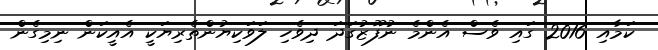
ކަމާއި 2016 ގައި ވެސް އެންމެ ނުފޫޒުގަދަ ދިވެހި ލަވަކިޔުންތެރިޔަކީ އެއީކަން ނިމިގެން